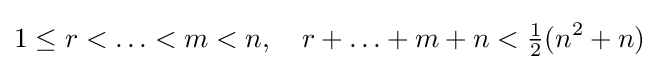
1\leq r<\ldots <m<n,\quad r+\ldots +m+n<{\tfrac {1}{2}}(n^{2}+n)